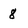
Character: 8